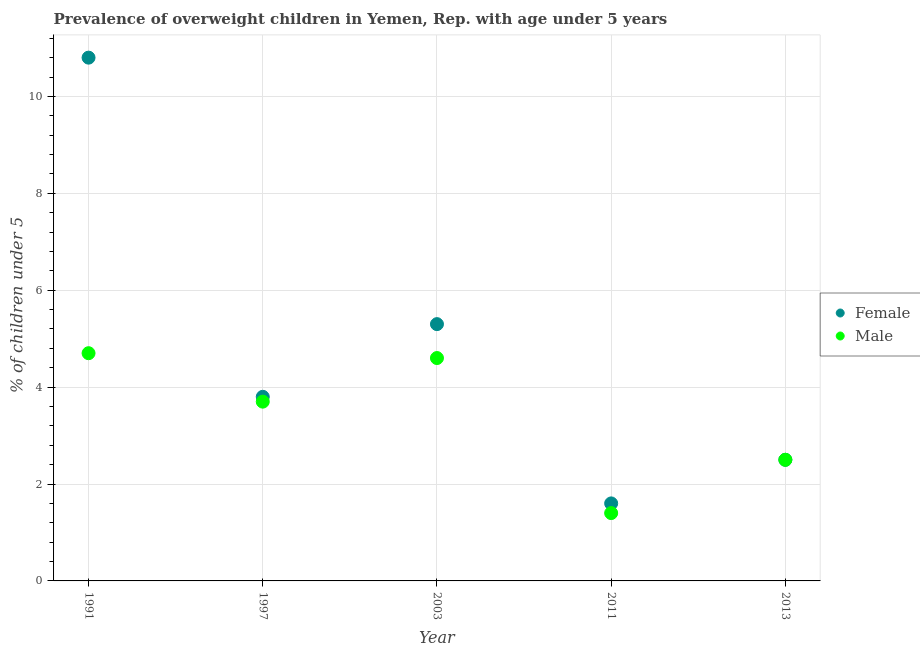
| Year | Female | Male |
 | --- | --- | --- |
 | 1991 | 10.8 | 4.7 |
 | 1997 | 3.8 | 3.7 |
 | 2003 | 5.3 | 4.6 |
 | 2011 | 1.6 | 1.4 |
 | 2013 | 2.5 | 2.5 |